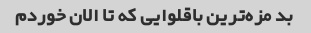
بد مزه‌ترین باقلوایی که تا الان خوردم